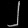
Digit: ၂